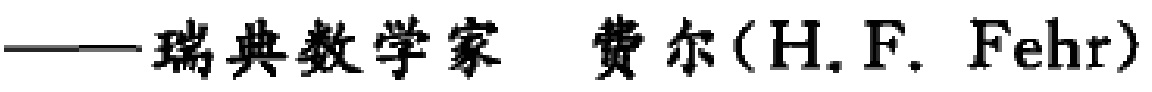
——瑞典数学家 费尔（H. F. Fehr）